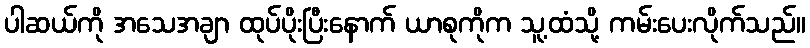
ပါဆယ်ကို အသေအချာ ထုပ်ပိုးပြီးနောက် ယာစုကိုက သူ့ထံသို့ ကမ်းပေးလိုက်သည်။